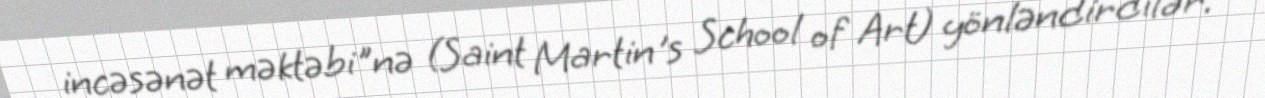
incəsənət məktəbi"nə (Saint Martin's School of Art) yönləndirdilər.